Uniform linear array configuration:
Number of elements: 64
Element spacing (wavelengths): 0.75
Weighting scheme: hann
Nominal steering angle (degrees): -30
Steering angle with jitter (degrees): -29.538
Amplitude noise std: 0.05
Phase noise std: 0.05

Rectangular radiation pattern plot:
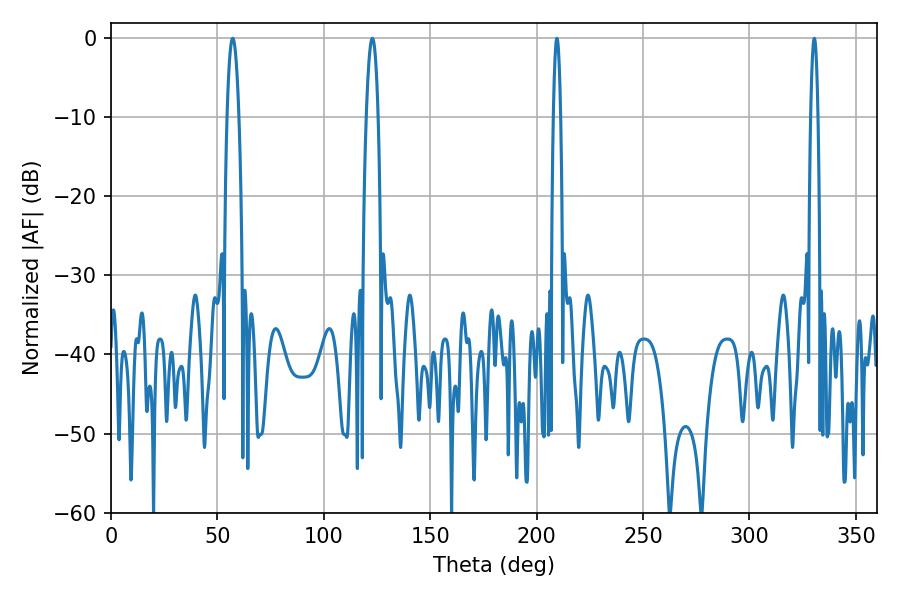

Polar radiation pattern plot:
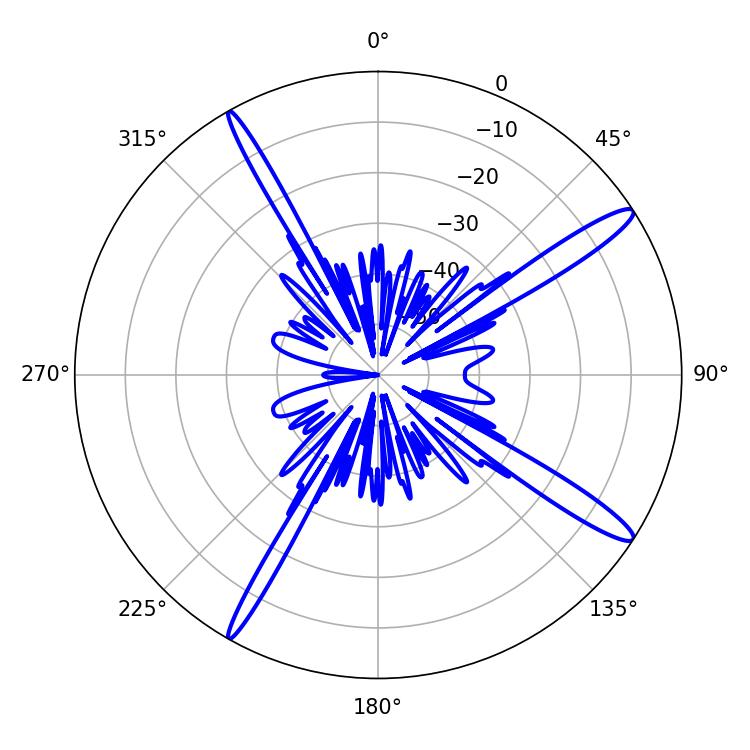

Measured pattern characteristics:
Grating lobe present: TRUE
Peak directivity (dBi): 15.052
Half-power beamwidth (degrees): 1.8
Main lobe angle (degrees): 209.52